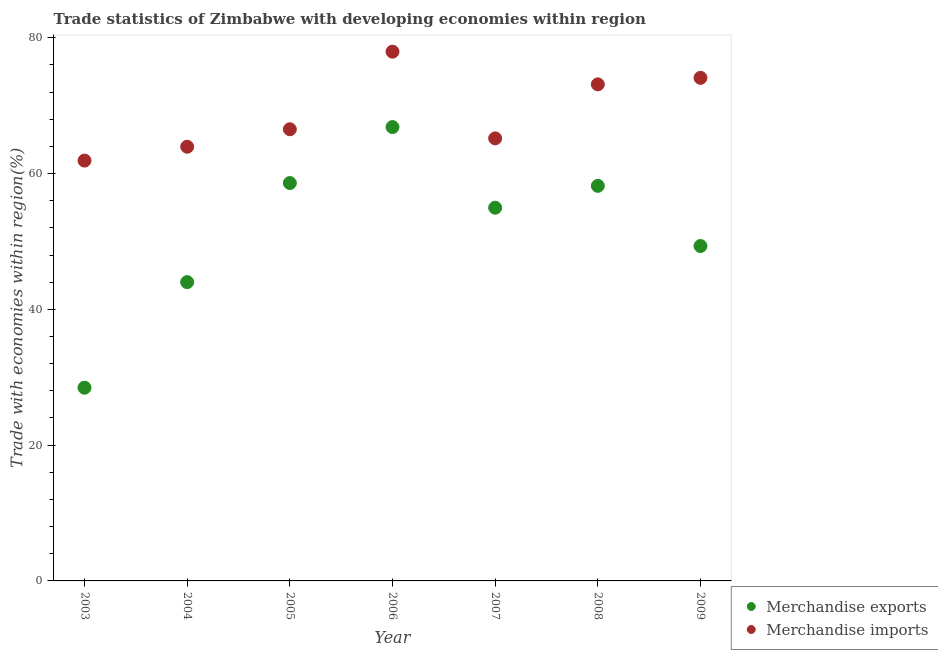
| Year | Merchandise exports | Merchandise imports |
 | --- | --- | --- |
 | 2003 | 28.5 | 61.9 |
 | 2004 | 44 | 64 |
 | 2005 | 58.6 | 66.5 |
 | 2006 | 66.9 | 78 |
 | 2007 | 55 | 65.2 |
 | 2008 | 58.2 | 73.1 |
 | 2009 | 49.3 | 74.1 |